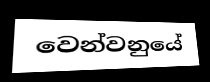
වෙන්වනුයේ